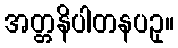
အတ္တနိပါတနပဥှ။